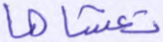
تغشاها